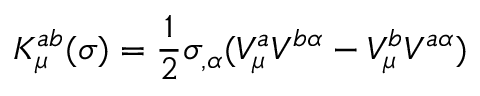
K _ { \mu } ^ { a b } ( \sigma ) = \frac { 1 } { 2 } \sigma _ { , \alpha } ( V _ { \mu } ^ { a } V ^ { b \alpha } - V _ { \mu } ^ { b } V ^ { a \alpha } )